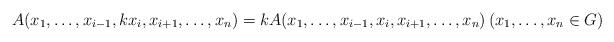
LaTeX: \begin{align*} A(x_{1}, \ldots, x_{i-1}, kx_{i}, x_{i+1}, \ldots, x_n) = kA(x_{1}, \ldots, x_{i-1}, x_{i}, x_{i+1}, \ldots, x_{n}) \left(x_{1}, \ldots, x_{n}\in G\right)\end{align*}